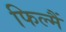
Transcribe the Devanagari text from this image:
फिल्मैं